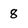
Character: 8